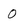
Character: 0